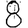
Digit: 8